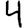
Digit: 4